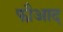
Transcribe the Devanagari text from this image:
फौआद